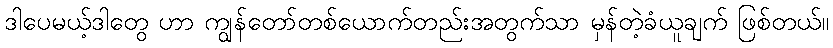
ဒါပေမယ့်ဒါတွေ ဟာ ကျွန်တော်တစ်ယောက်တည်းအတွက်သာ မှန်တဲ့ခံယူချက် ဖြစ်တယ်။